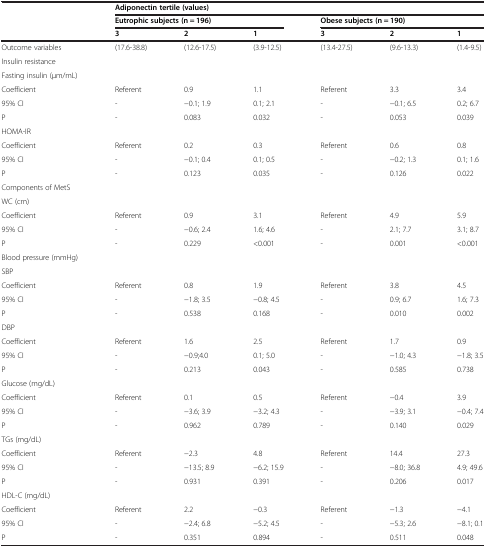
<table><thead><tr><td rowspan="3"><b> </b></td><td colspan="6"><b>Adiponectin tertile(values)</b></td></tr><tr><td colspan="3"><b>Eutrophic subjects(n = 196)</b></td><td colspan="3"><b>Obese subjects(n = 190)</b></td></tr><tr><td><b>3</b></td><td><b>2</b></td><td><b>1</b></td><td><b>3</b></td><td><b>2</b></td><td><b>1</b></td></tr></thead><tbody><tr><td>Outcome variables</td><td>(17.6-38.8)</td><td>(12.6-17.5)</td><td>(3.9-12.5)</td><td>(13.4-27.5)</td><td>(9.6-13.3)</td><td>(1.4-9.5)</td></tr><tr><td>Insulin resistance</td><td> </td><td> </td><td> </td><td> </td><td> </td><td> </td></tr><tr><td>Fasting insulin (μm/mL)</td><td> </td><td> </td><td> </td><td> </td><td> </td><td> </td></tr><tr><td>Coefficient</td><td>Referent</td><td>0.9</td><td>1.1</td><td>Referent</td><td>3.3</td><td>3.4</td></tr><tr><td>95% CI</td><td>-</td><td>−0.1; 1.9</td><td>0.1; 2.1</td><td>-</td><td>−0.1; 6.5</td><td>0.2; 6.7</td></tr><tr><td>P</td><td>-</td><td>0.083</td><td>0.032</td><td>-</td><td>0.053</td><td>0.039</td></tr><tr><td>HOMA-IR</td><td> </td><td> </td><td> </td><td> </td><td> </td><td> </td></tr><tr><td>Coefficient</td><td>Referent</td><td>0.2</td><td>0.3</td><td>Referent</td><td>0.6</td><td>0.8</td></tr><tr><td>95% CI</td><td>-</td><td>−0.1; 0.4</td><td>0.1; 0.5</td><td>-</td><td>−0.2; 1.3</td><td>0.1; 1.6</td></tr><tr><td>P</td><td>-</td><td>0.123</td><td>0.035</td><td>-</td><td>0.126</td><td>0.022</td></tr><tr><td>Components of MetS</td><td> </td><td> </td><td> </td><td> </td><td> </td><td> </td></tr><tr><td>WC (cm)</td><td> </td><td> </td><td> </td><td> </td><td> </td><td> </td></tr><tr><td>Coefficient</td><td>Referent</td><td>0.9</td><td>3.1</td><td>Referent</td><td>4.9</td><td>5.9</td></tr><tr><td>95% CI</td><td>-</td><td>−0.6; 2.4</td><td>1.6; 4.6</td><td>-</td><td>2.1; 7.7</td><td>3.1; 8.7</td></tr><tr><td>P</td><td>-</td><td>0.229</td><td>&lt;0.001</td><td>-</td><td>0.001</td><td>&lt;0.001</td></tr><tr><td>Blood pressure (mmHg)</td><td> </td><td> </td><td> </td><td> </td><td> </td><td> </td></tr><tr><td>SBP</td><td> </td><td> </td><td> </td><td> </td><td> </td><td> </td></tr><tr><td>Coefficient</td><td>Referent</td><td>0.8</td><td>1.9</td><td>Referent</td><td>3.8</td><td>4.5</td></tr><tr><td>95% CI</td><td>-</td><td>−1.8; 3.5</td><td>−0.8; 4.5</td><td>-</td><td>0.9; 6.7</td><td>1.6; 7.3</td></tr><tr><td>P</td><td>-</td><td>0.538</td><td>0.168</td><td>-</td><td>0.010</td><td>0.002</td></tr><tr><td>DBP</td><td> </td><td> </td><td> </td><td> </td><td> </td><td> </td></tr><tr><td>Coefficient</td><td>Referent</td><td>1.6</td><td>2.5</td><td>Referent</td><td>1.7</td><td>0.9</td></tr><tr><td>95% CI</td><td>-</td><td>−0.9;4.0</td><td>0.1; 5.0</td><td>-</td><td>−1.0; 4.3</td><td>−1.8; 3.5</td></tr><tr><td>P</td><td>-</td><td>0.213</td><td>0.043</td><td>-</td><td>0.585</td><td>0.738</td></tr><tr><td>Glucose (mg/dL)</td><td> </td><td> </td><td> </td><td> </td><td> </td><td> </td></tr><tr><td>Coefficient</td><td>Referent</td><td>0.1</td><td>0.5</td><td>Referent</td><td>−0.4</td><td>3.9</td></tr><tr><td>95% CI</td><td>-</td><td>−3.6; 3.9</td><td>−3.2; 4.3</td><td>-</td><td>−3.9; 3.1</td><td>−0.4; 7.4</td></tr><tr><td>P</td><td>-</td><td>0.962</td><td>0.789</td><td>-</td><td>0.140</td><td>0.029</td></tr><tr><td>TGs (mg/dL)</td><td> </td><td> </td><td> </td><td> </td><td> </td><td> </td></tr><tr><td>Coefficient</td><td>Referent</td><td>−2.3</td><td>4.8</td><td>Referent</td><td>14.4</td><td>27.3</td></tr><tr><td>95% CI</td><td>-</td><td>−13.5; 8.9</td><td>−6.2; 15.9</td><td>-</td><td>−8.0; 36.8</td><td>4.9; 49.6</td></tr><tr><td>P</td><td>-</td><td>0.931</td><td>0.391</td><td>-</td><td>0.206</td><td>0.017</td></tr><tr><td>HDL-C (mg/dL)</td><td> </td><td> </td><td> </td><td> </td><td> </td><td> </td></tr><tr><td>Coefficient</td><td>Referent</td><td>2.2</td><td>−0.3</td><td>Referent</td><td>−1.3</td><td>−4.1</td></tr><tr><td>95% CI</td><td>-</td><td>−2.4; 6.8</td><td>−5.2; 4.5</td><td>-</td><td>−5.3; 2.6</td><td>−8.1; 0.1</td></tr><tr><td>P</td><td>-</td><td>0.351</td><td>0.894</td><td>-</td><td>0.511</td><td>0.048</td></tr></tbody></table>